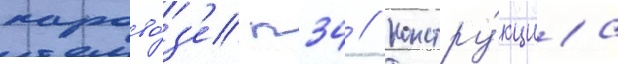
парово́з'е п34 // Констру́кциа